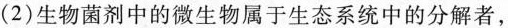
（2）生物菌剂中的微生物属于生态系统中的分解者，